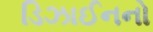
ડિઝાઈનનો